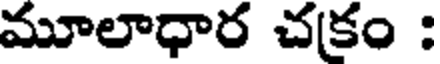
మూలాధార చకం :